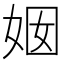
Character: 𱙏